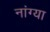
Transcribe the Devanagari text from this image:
नांग्या